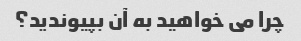
چرا می خواهید به آن بپیوندید؟